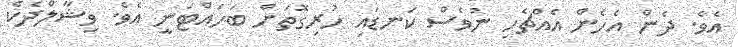
އެވެ. ދެން އެހެން އެއްޗެހި ނުވެސް ކަނޑައި ހުރިގޮތަށް ބަހައްޓަނީ އެވެ. ވިޝާލްދެކެ